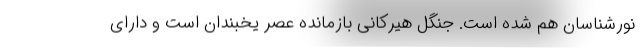
نورشناسان هم شده است. جنگل هیرکانی بازمانده عصر یخبندان است و دارای